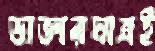
ডাক্তারমাত্রই